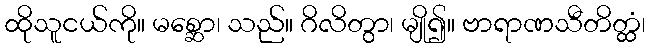
ထိုသူငယ်ကို။ မစ္ဆော၊ သည်။ ဂိလိတွာ၊ မျို၍။ ဗာရာဏသီတိတ္ထံ၊